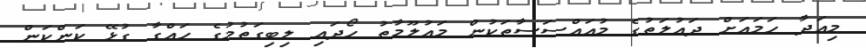
މިއަދާ ހަމައަށް ދައުލަތުގެ މުއައްސަސާތަކުން މައުލޫމާތު ހޯދައި ލިބިގަތުމުގެ ހައްގާ ގުޅޭ ކަންކަން